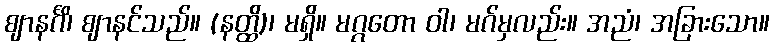
ဈာနင်္ဂိ၊ ဈာနင်သည်။ (နတ္ထိ)၊ မရှိ။ မဂ္ဂတော ဝါ၊ မဂ်မှလည်း။ အညံ၊ အခြားသော။